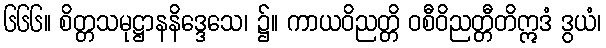
၆၆၆။ စိတ္တသမုဋ္ဌာနနိဒ္ဒေသေ၊ ၌။ ကာယဝိညတ္တိ ဝစီဝိညတ္တီတိဣဒံ ဒွယံ၊